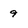
Character: 9